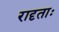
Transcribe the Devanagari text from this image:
रादृताः